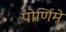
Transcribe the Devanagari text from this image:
पोर्णिमे